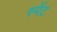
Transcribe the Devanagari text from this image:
स्पेंट